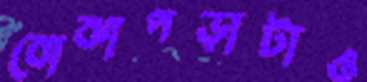
বোঝাপড়াটাও